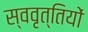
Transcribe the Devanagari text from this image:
स्ववृत्तियों